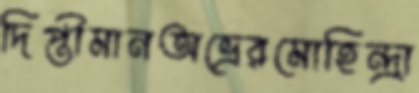
দিপ্তীমানঅভ্রেরমোহিন্দ্রা